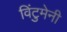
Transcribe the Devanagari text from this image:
विंटुमेनी